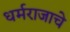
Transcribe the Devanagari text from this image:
धर्मराजाचे